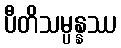
ပီတိသမ္ပန္နဿ